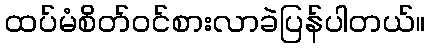
ထပ်မံစိတ်ဝင်စားလာခဲပြန်ပါတယ်။